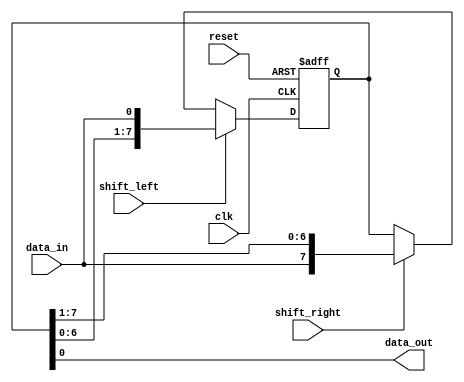
module shift_register (
    input wire clk,
    input wire reset,
    input wire shift_left,
    input wire shift_right,
    input wire data_in,
    output reg data_out
);

reg [7:0] stages;

always @ (posedge clk or posedge reset) begin
    if (reset)
        stages <= 8'b00000000;
    else begin
        if (shift_left)
            stages <= {stages[6:0], data_in};
        else if (shift_right)
            stages <= {data_in, stages[7:1]};
    end
end

assign data_out = stages[0];

endmodule